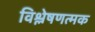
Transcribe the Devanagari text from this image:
विश्लेषणत्मक